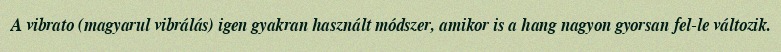
A vibrato (magyarul vibrálás) igen gyakran használt módszer, amikor is a hang nagyon gyorsan fel-le változik.